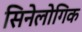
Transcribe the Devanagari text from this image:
सिनेलोगिक